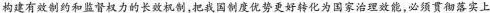
构建有效制约和监督权力的长效机制，把我国制度优势更好转化为国家治理效能，必须贯彻落实上